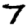
Digit: 7